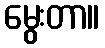
မွေးတာ။